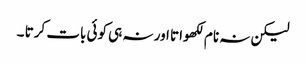
لیکن نہ نام لکھواتا اور نہ ہی کوئی بات کرتا ۔